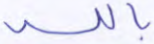
بالله